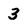
Character: 3